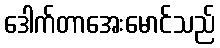
ဒေါက်တာအေးမောင်သည်